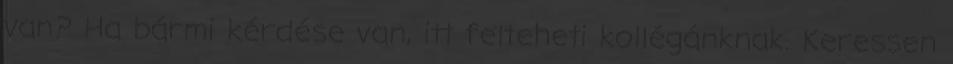
van? Ha bármi kérdése van, itt felteheti kollégánknak. Keressen